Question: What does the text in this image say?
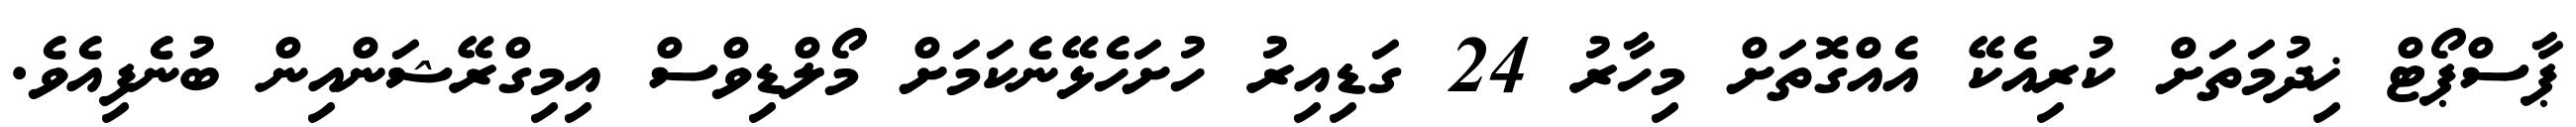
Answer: ޕާސްޕޯޓް ޚިދުމަތަށް ކުރިއެކޭ އެއްގޮތަށް މިހާރު 24 ގަޑިއިރު ހުށަހެޅޭނެކަމަށް މޯލްޑިވްސް އިމިގްރޭޝަންއިން ބުނެފިއެވެ.